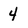
Character: 4